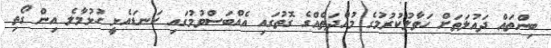
ބިންތައް ދައުލަތަށް ހަވާލުކުރުމުގެ މުއްދަތެއްގެ ގޮތުގައި އެއްބަސްވުމުގައި ކަނޑައެޅީ ހުޅުމާލެ އިން ގޯތި